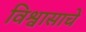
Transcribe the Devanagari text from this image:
विश्वासाचे